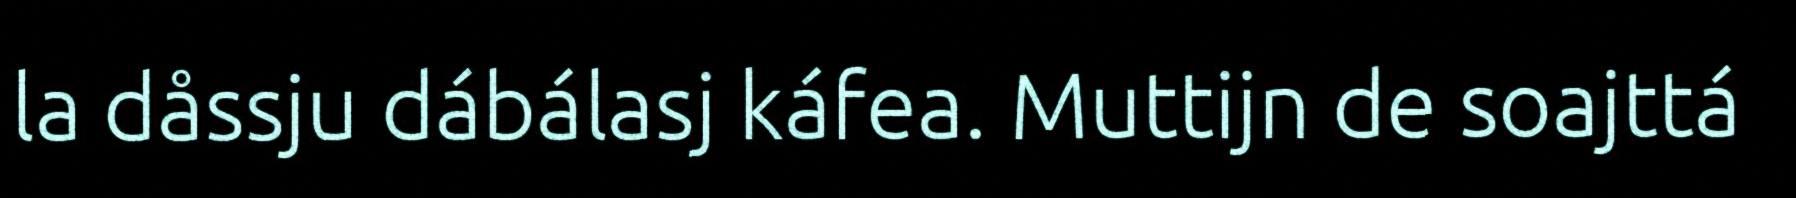
la dåssju dábálasj káfea. Muttijn de soajttá